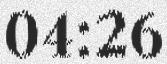
04:26